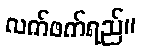
လက်ဖက်ရည်။